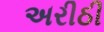
અરીઠી